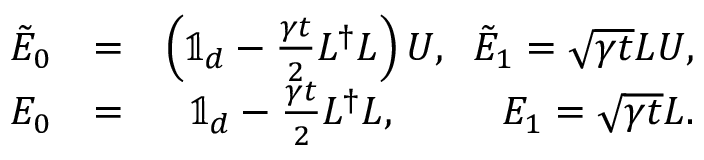
\begin{array} { r l r } { \tilde { E } _ { 0 } } & { = } & { \left( \mathbb { 1 } _ { d } - \frac { \gamma t } { 2 } L ^ { \dag } L \right) U , \; \; \tilde { E } _ { 1 } = \sqrt { \gamma t } L U , } \\ { E _ { 0 } } & { = } & { \mathbb { 1 } _ { d } - \frac { \gamma t } { 2 } L ^ { \dag } L , \; \; \; \; \; \; \; \; \; E _ { 1 } = \sqrt { \gamma t } L . } \end{array}